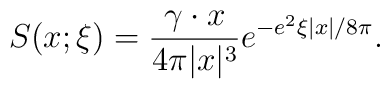
S(x;\xi) = \frac{\gamma\cdot x }{4\pi |x|^3}              e^{-e^2\xi\left|x\right| / 8\pi}.